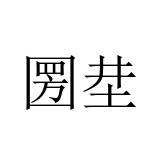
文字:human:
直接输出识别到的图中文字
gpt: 圐坓